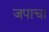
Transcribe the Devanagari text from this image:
जपाचा